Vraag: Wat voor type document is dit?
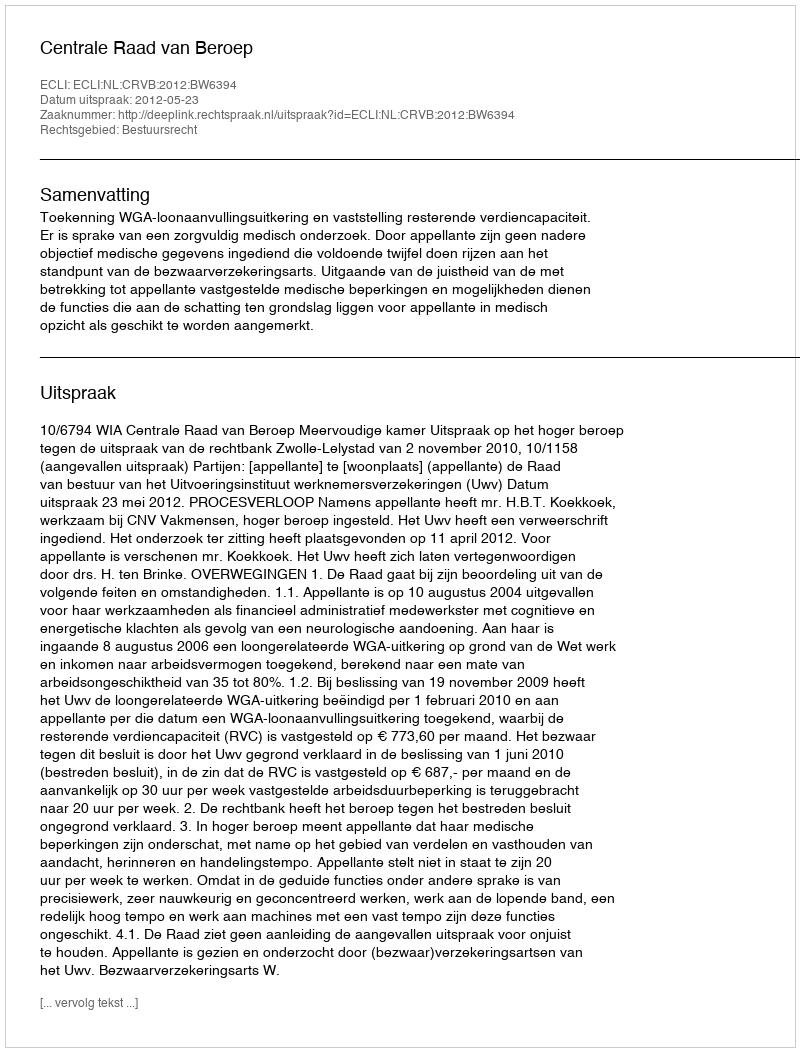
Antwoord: Uitspraak